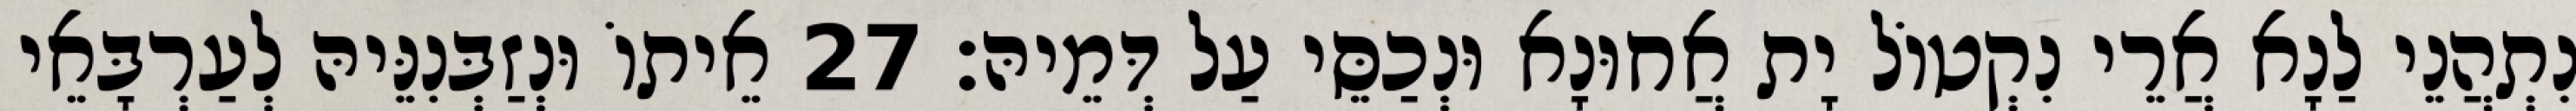
נִתְהֲנֵי לַנָא אֲרֵי נִקְטוֹל יָת אֲחוּנָא וּנְכַסֵּי עַל דְּמֵיהּ׃ 27 אֵיתוֹ וּנְזַבְּנִנֵּיהּ לְעַרְבָּאֵי